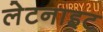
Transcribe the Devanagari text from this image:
लेटनाइट